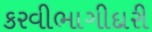
કરવીભાગીદારી